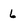
Character: 6